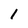
Character: 1